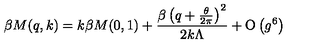
\beta M ( q , k ) = k \beta M ( 0 , 1 ) + \frac { \beta \left( q + \frac { \theta } { 2 \pi } \right) ^ { 2 } } { 2 k \Lambda } + \mathrm { O } \left( g ^ { 6 } \right)